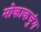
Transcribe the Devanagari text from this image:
मोकाकचुंग